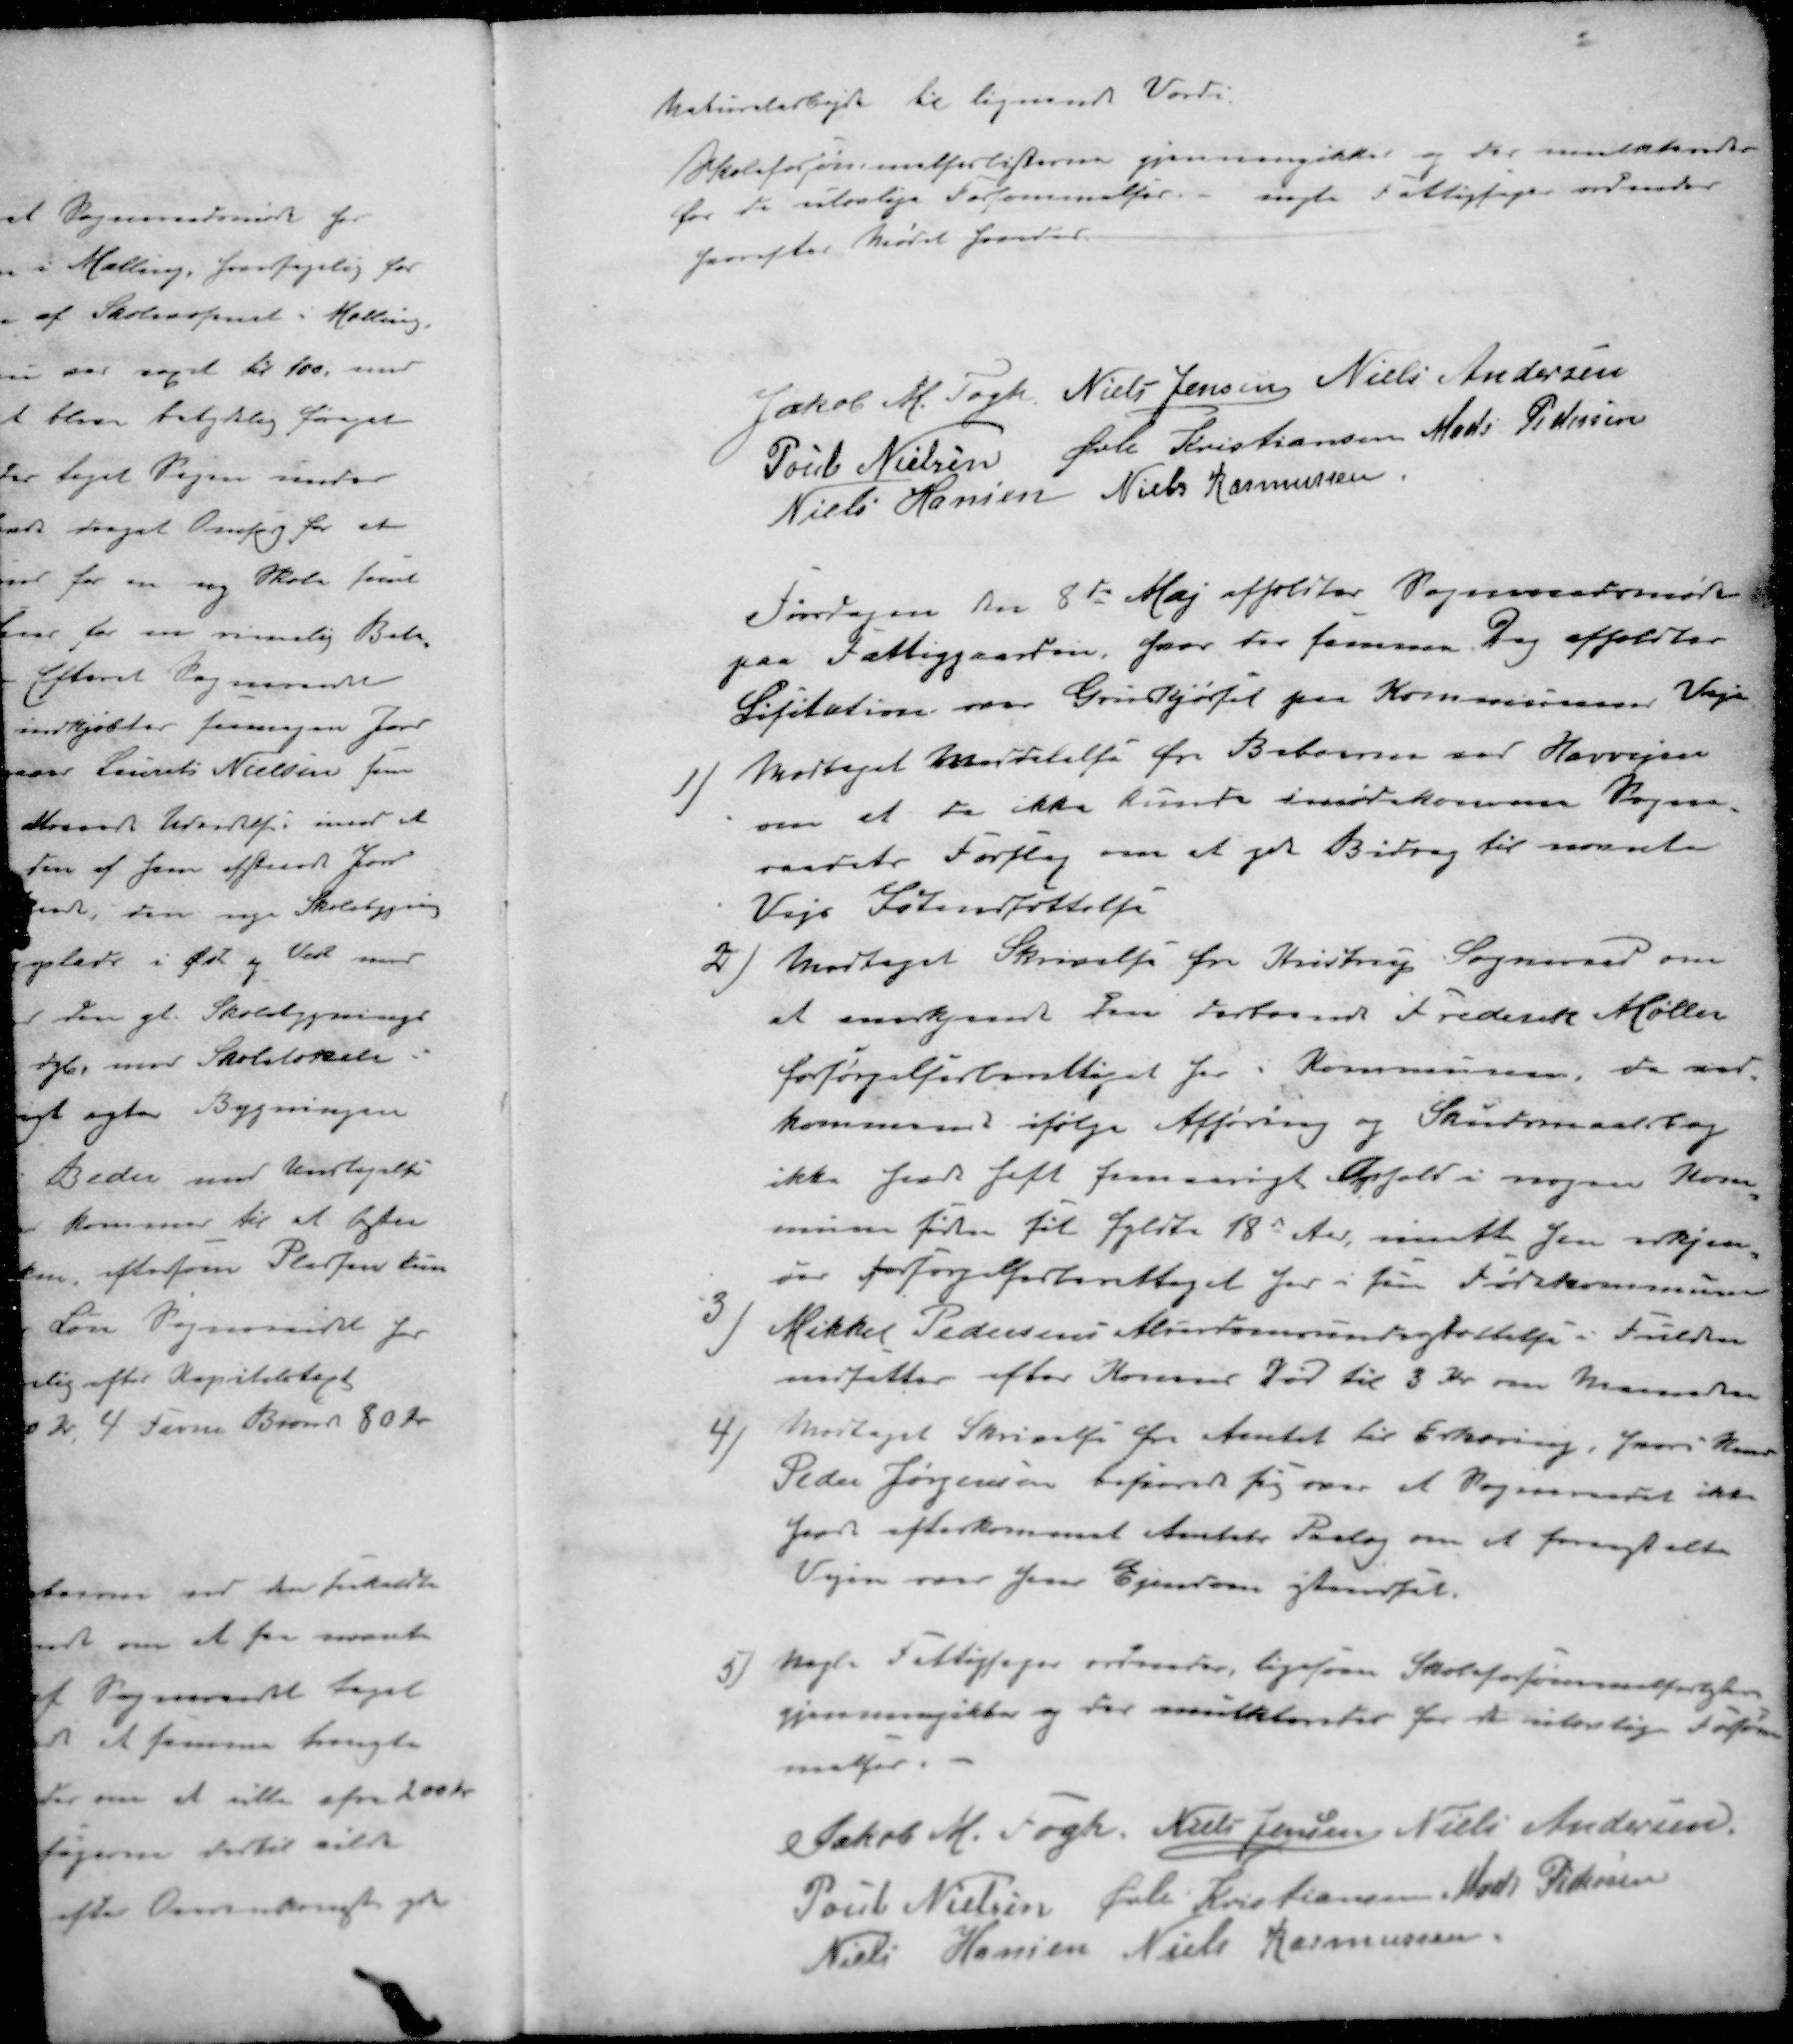
Transskription:
Naturalarbejde til lignende Værdi
Skoleforsømmelseslisterne gjennemgikkes og der mulkteredes
for de ulovlige Forsømmelser. nogle Fattigsager ordnedes
hvorefter Mødet hævedes
Jakob M. Fogh
Niels Jensen
Niels Andersen
Poul Nielsen
Øvli Kristiansen
Mads Pedersen
Niels Hansen
Niels Rasmussen
Torsdagen den 8de Maj afholdtes Sogneraadsmøde
paa Fattiggaarden, hvor der samme Dag afholdtes
Licitation om Grusjørsel paa Kommunens Veje
1 ) Modtaget Meddelelse fra Beboerne for Havvejen
om at de ikke kunde imødekomme Sogne-
raadets Forslag om at yde Bidrag til nævnte
Vejs Istandsættelse
2 ) Modtaget Skrivelse fra Kristrup Sogneraad om
at anerkjende pens  Frederik Møller
forsørgelsesberettiget her i Kommunen da vor
kommune ifølge Afhøring og Skudsmaalsbog
ikke fandt fast femaarigt Ophold i nogen Kom-
mune før til fyldte 18 Aar, maatte han erkjen-
ver forførelsesberettiget for i sin Fødskommune
3 ) Mikkel Pedersens Alderdomsunderstøttelse i Fulden
omfatter efter Konens Død til 3 Kr om Maaneden
4 ) Modtaget Skrivelse fra Amtet til Erklæring, hvori Hans
Peder Jørgensen besinder sig over at Sogneraadet ikke
faar efterkommet Amtets Paalæg om at foranstalte
Vejen over hans Ejendom istandsat
5 ) Nogle Fattigsager ordnedes, ligesom Skoleforsømmelseslisten
gjennemgikkes og der mulkteredes for de ulovlige forsøm-
melser
Jakob M. Fogh
Niels Jensen
Niels Andersen
Poul Nielsen
Øvli Kristiansen
Mads Pedersen
Niels Hansen
Niels Rasmussen